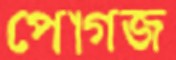
পোগজ